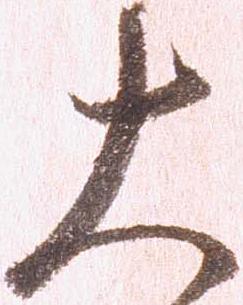
大